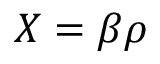
X = \beta \rho